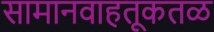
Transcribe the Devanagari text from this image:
सामानवाहतूकतळ